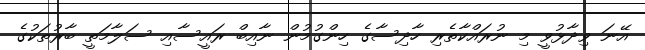
އޭނަ ވިދާޅުވީ މި ނުރައްކާތެރި ހާދިސާގެ ހިންގުމުން ނާއިބް ރައީސާއި ސަލާމަތީ ބާރުތަކުގެ